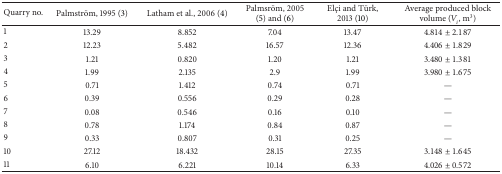
<table><thead><tr><td><b>Quarry no.</b></td><td><b>Palmström, 1995 (3)</b></td><td><b>Latham et al., 2006 (4)</b></td><td><b>Palmsröm, 2005 (5) and (6)</b></td><td><b>Elçi and Türk, 2013 (10)</b></td><td><b>Average produced block volume (<i>V</i><sub><i>i</i></sub>, m<sup>3</sup>)</b></td></tr></thead><tbody><tr><td>1</td><td>13.29</td><td>8.852</td><td>7.04</td><td>13.47</td><td>4.814 ± 2.187</td></tr><tr><td>2</td><td>12.23</td><td>5.482</td><td>16.57</td><td>12.36</td><td>4.406 ± 1.829</td></tr><tr><td>3</td><td>1.21</td><td>0.820</td><td>1.20</td><td>1.21</td><td>3.480 ± 1.381</td></tr><tr><td>4</td><td>1.99</td><td>2.135</td><td>2.9</td><td>1.99</td><td>3.980 ± 1.675</td></tr><tr><td>5</td><td>0.71</td><td>1.412</td><td>0.74</td><td>0.71</td><td>—</td></tr><tr><td>6</td><td>0.39</td><td>0.556</td><td>0.29</td><td>0.28</td><td>—</td></tr><tr><td>7</td><td>0.08</td><td>0.546</td><td>0.16</td><td>0.10</td><td>—</td></tr><tr><td>8</td><td>0.78</td><td>1.174</td><td>0.84</td><td>0.87</td><td>—</td></tr><tr><td>9</td><td>0.33</td><td>0.807</td><td>0.31</td><td>0.25</td><td>—</td></tr><tr><td>10</td><td>27.12</td><td>18.432</td><td>28.15</td><td>27.35</td><td>3.148 ± 1.645</td></tr><tr><td>11</td><td>6.10</td><td>6.221</td><td>10.14</td><td>6.33</td><td>4.026 ± 0.572</td></tr></tbody></table>